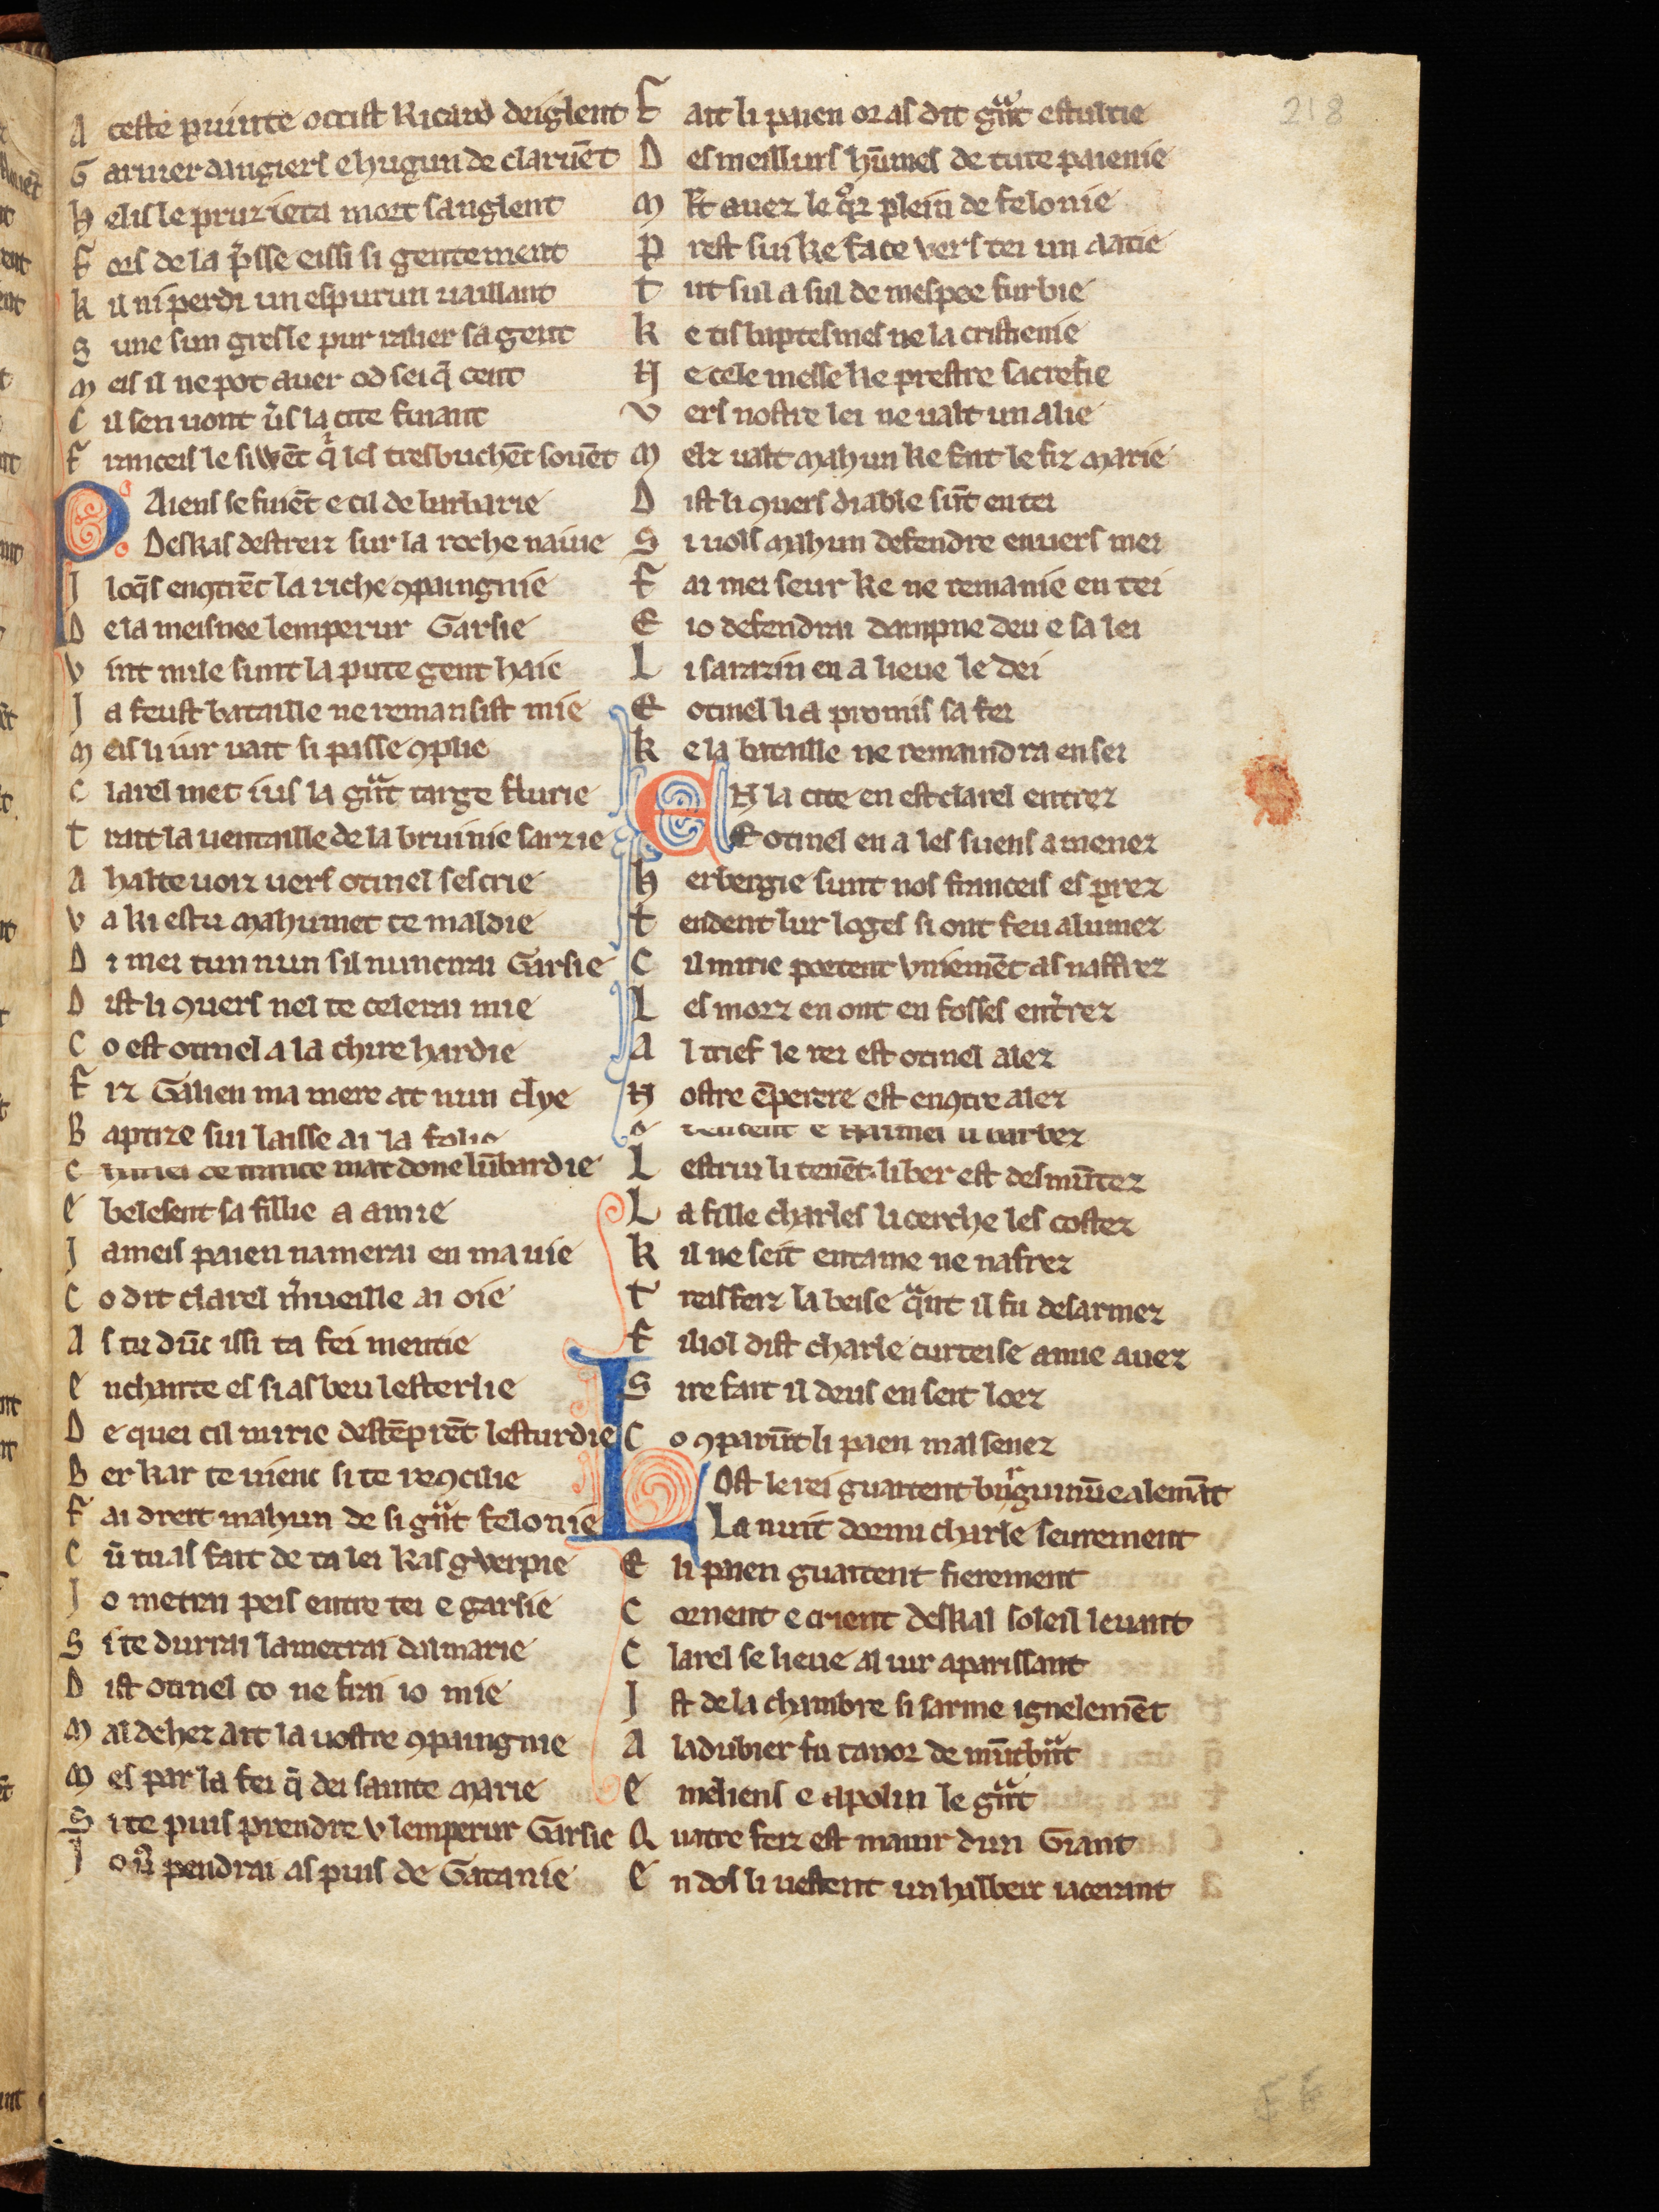
Shelfmark: Cologne, Bodmer, 168
Century: 13